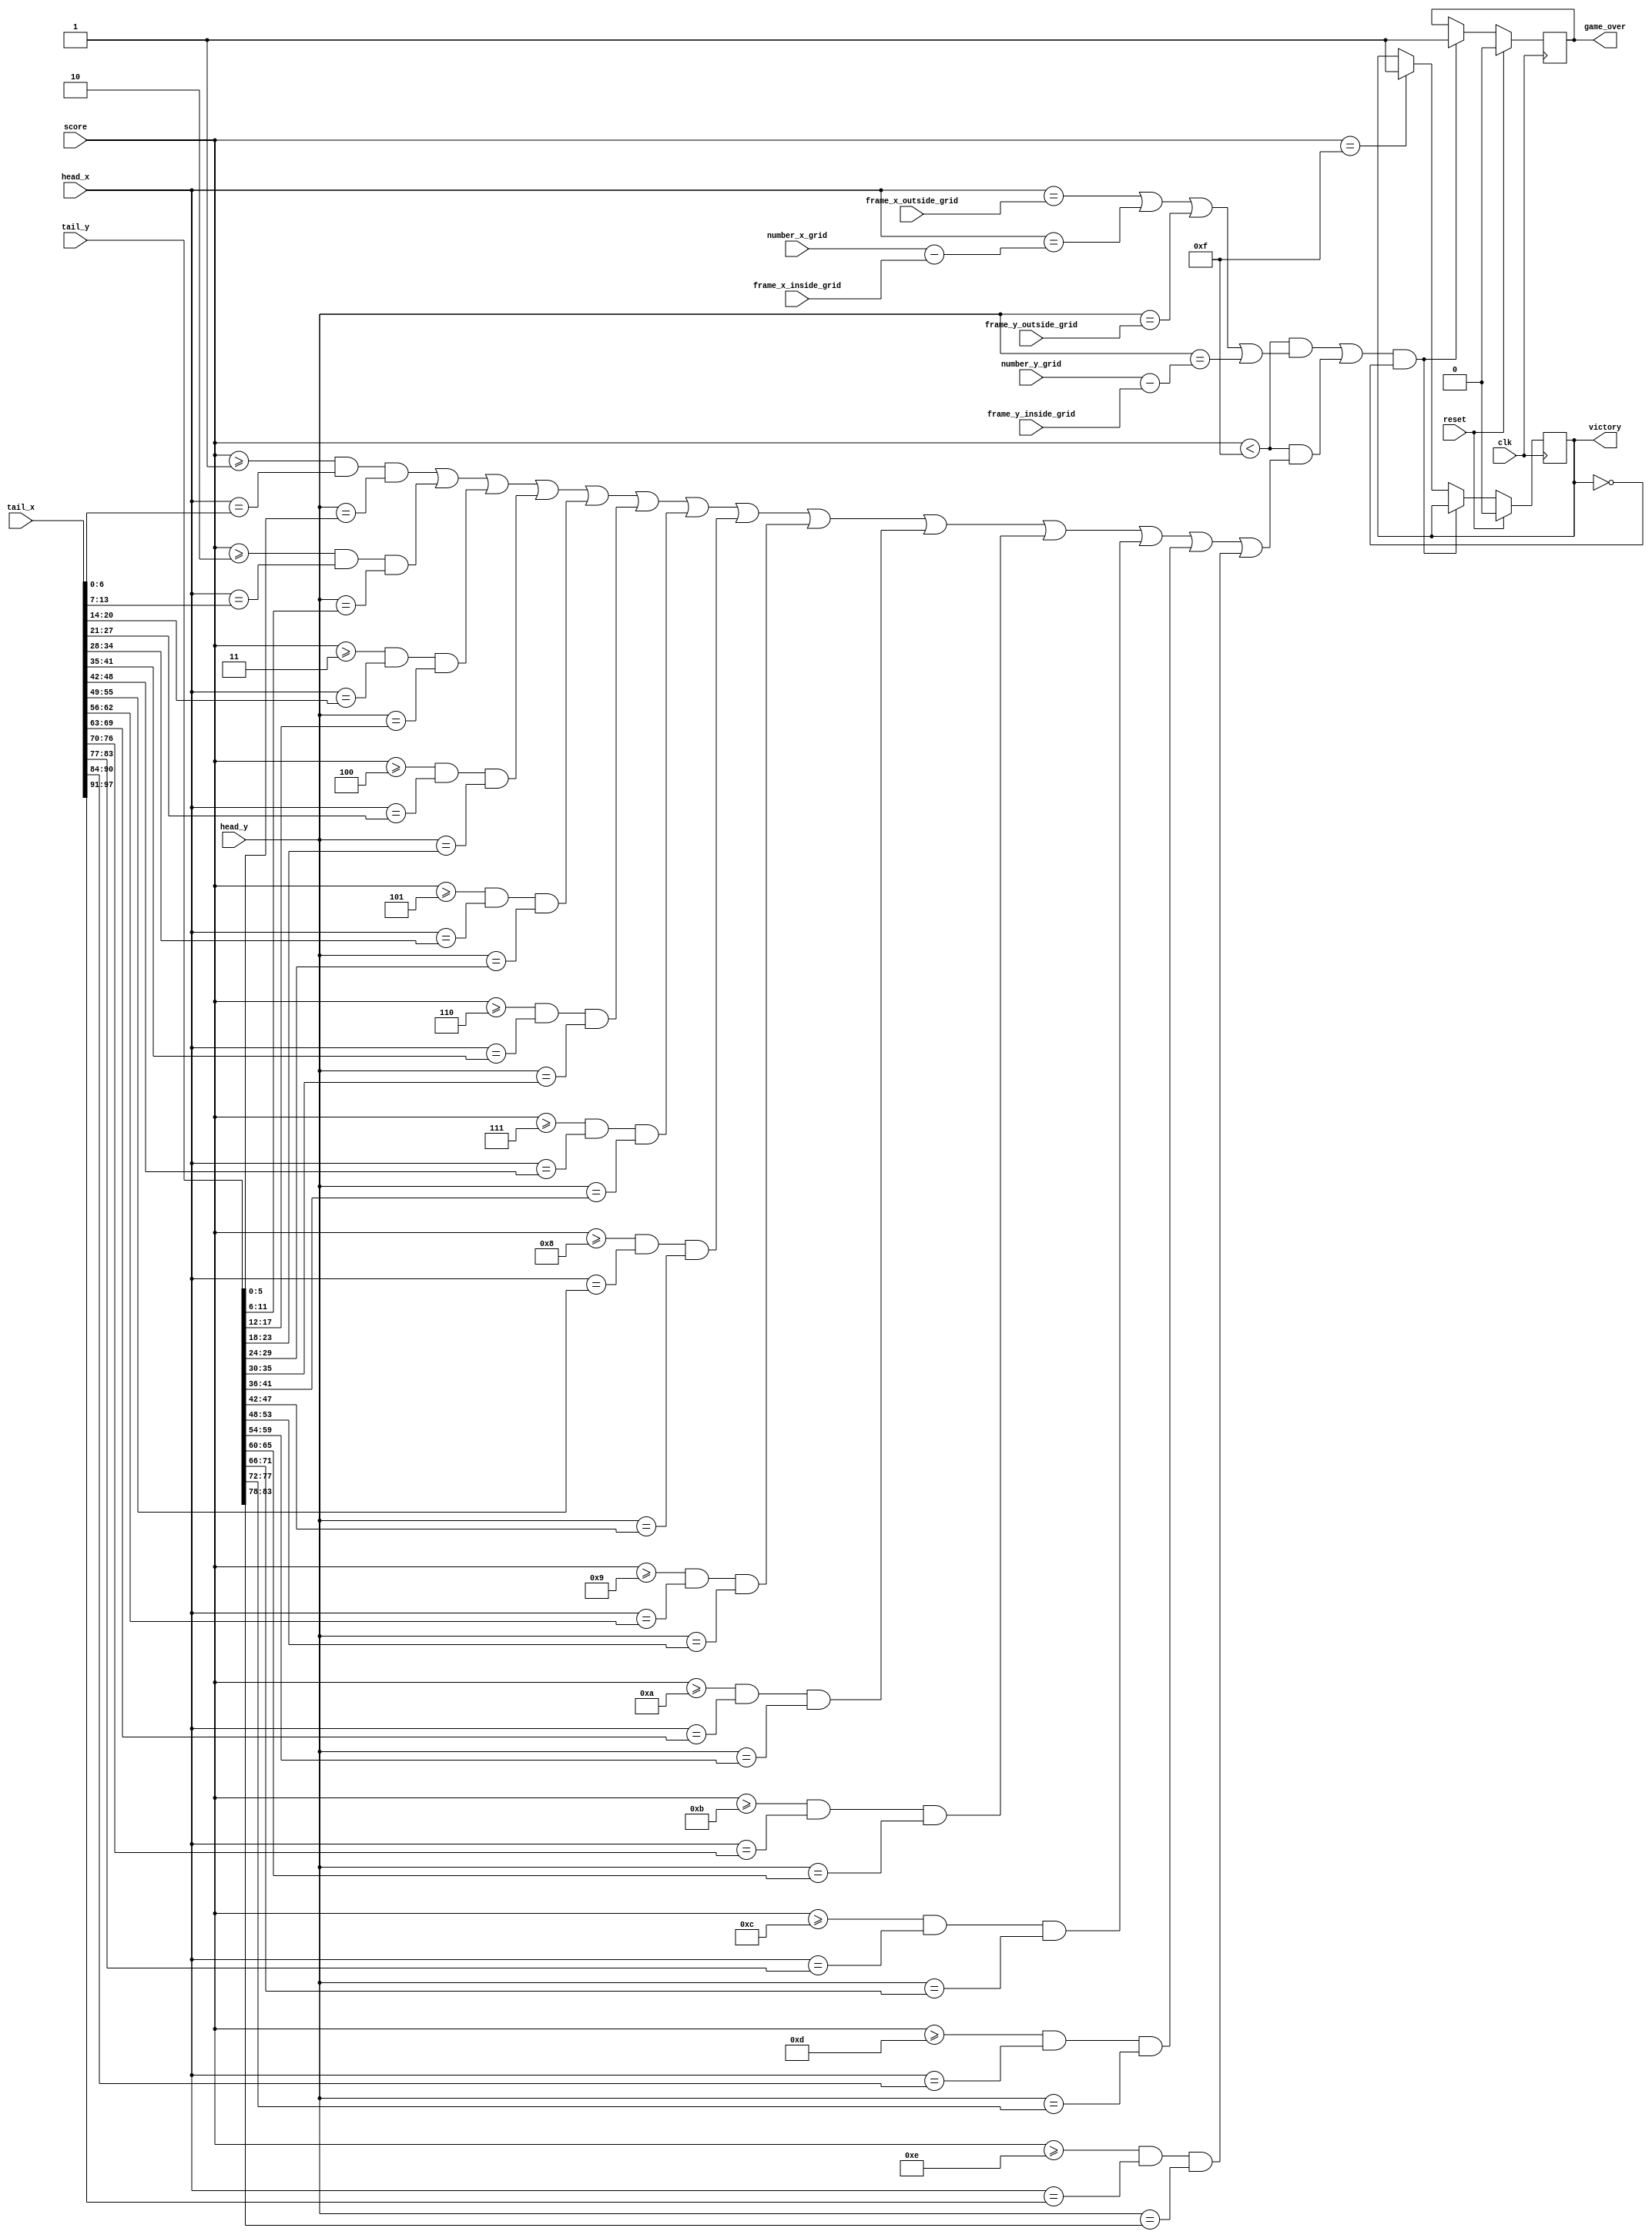
`timescale 1ns / 1ps
//////////////////////////////////////////////////////////////////////////////////
// Company: AGH
// 
// Design Name: 
// Module Name: game_over
// Project Name: Entliczek pentliczek
// Target Devices: 
// Tool Versions: 
// Description: Warunki na koniec gry - uderzenie w ramk i ugryzienie siebie
// 
// Dependencies: 
// 
// Revision:
// Revision 0.01 - File Created
// Additional Comments:
// 
//////////////////////////////////////////////////////////////////////////////////


module game_over(
    input wire clk,
    input wire reset,
    input wire [6:0] frame_x_inside_grid,
    input wire [5:0] frame_y_inside_grid,
    input wire [6:0] frame_x_outside_grid,
    input wire [5:0] frame_y_outside_grid,
    input wire [6:0] number_x_grid,
    input wire [5:0] number_y_grid,
    input wire [6:0] head_x,
    input wire [5:0] head_y,
    input wire [104:0] tail_x,
    input wire [89:0]  tail_y,
    input wire [3:0]   score,
    output reg game_over, victory
);

    reg game_over_nxt, victory_nxt;
    wire frame, body;
    
    assign frame = ((score < 15) && ((head_x == frame_x_outside_grid) || (head_x == (number_x_grid - frame_x_inside_grid)) || (head_y == frame_y_outside_grid) || (head_y == (number_y_grid - frame_y_inside_grid))));
    assign body = ((score < 15) &&
        ( ((score >= 1) && (head_x == tail_x[6:0]) && (head_y == tail_y[5:0])) 
        ||
        ((score >= 2) && (head_x == tail_x[13:7]) && (head_y == tail_y[11:6])) 
        ||
        ((score >= 3) && (head_x == tail_x[20:14]) && (head_y == tail_y[17:12]))
        ||
        ((score >= 4) && (head_x == tail_x[27:21]) && (head_y == tail_y[23:18]))
        ||
        ((score >= 5) && (head_x == tail_x[34:28]) && (head_y == tail_y[29:24]))
        ||
        ((score >= 6) && (head_x == tail_x[41:35]) && (head_y == tail_y[35:30]))
        ||
        ((score >= 7) && (head_x == tail_x[48:42]) && (head_y == tail_y[41:36]))
        ||
        ((score >= 8) && (head_x == tail_x[55:49]) && (head_y == tail_y[47:42]))
        ||
        ((score >= 9) && (head_x == tail_x[62:56]) && (head_y == tail_y[53:48]))
        ||
        ((score >= 10) && (head_x == tail_x[69:63]) && (head_y == tail_y[59:54]))
        ||
        ((score >= 11) && (head_x == tail_x[76:70]) && (head_y == tail_y[65:60]))
        ||
        ((score >= 12) && (head_x == tail_x[83:77]) && (head_y == tail_y[71:66]))
        ||                
        ((score >= 13) && (head_x == tail_x[90:84]) && (head_y == tail_y[77:72]))
        ||
        ((score >= 14) && (head_x == tail_x[97:91]) && (head_y == tail_y[83:78])) ));

always @(posedge clk) begin
    if(reset) begin
        game_over <= 0;
        victory <= 0;
    end
    else begin
        game_over <= game_over_nxt;
        victory <= victory_nxt;
    end        
end

always @* begin
    if((frame || body) && (victory == 0)) begin
        game_over_nxt = 1;
        victory_nxt = victory;
    end
    else if(score == 15) begin
        game_over_nxt = game_over;
        victory_nxt = 1;
    end
    else begin
        game_over_nxt = game_over;
        victory_nxt = victory;
    end  
end  

endmodule